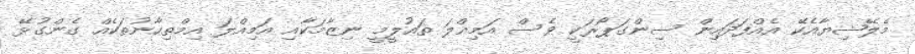
މެލޭޝިޔާއެކޭ އެއްފަދައިން ސިންގަޕޯރަކީ ވެސް އަމިއްލަ ތައުލީމީ ނިޒާމަކާއި އަމިއްލަ އިމްތިހާނުތަކެއް ގެންގުޅޭ